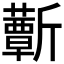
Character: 𣃕